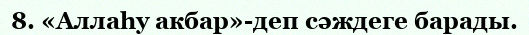
8. «Аллаһу акбар»-деп сәждеге барады.